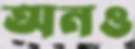
অনও